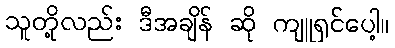
သူတို့လည်း ဒီအချိန် ဆို ကျူရှင်ပေါ့။